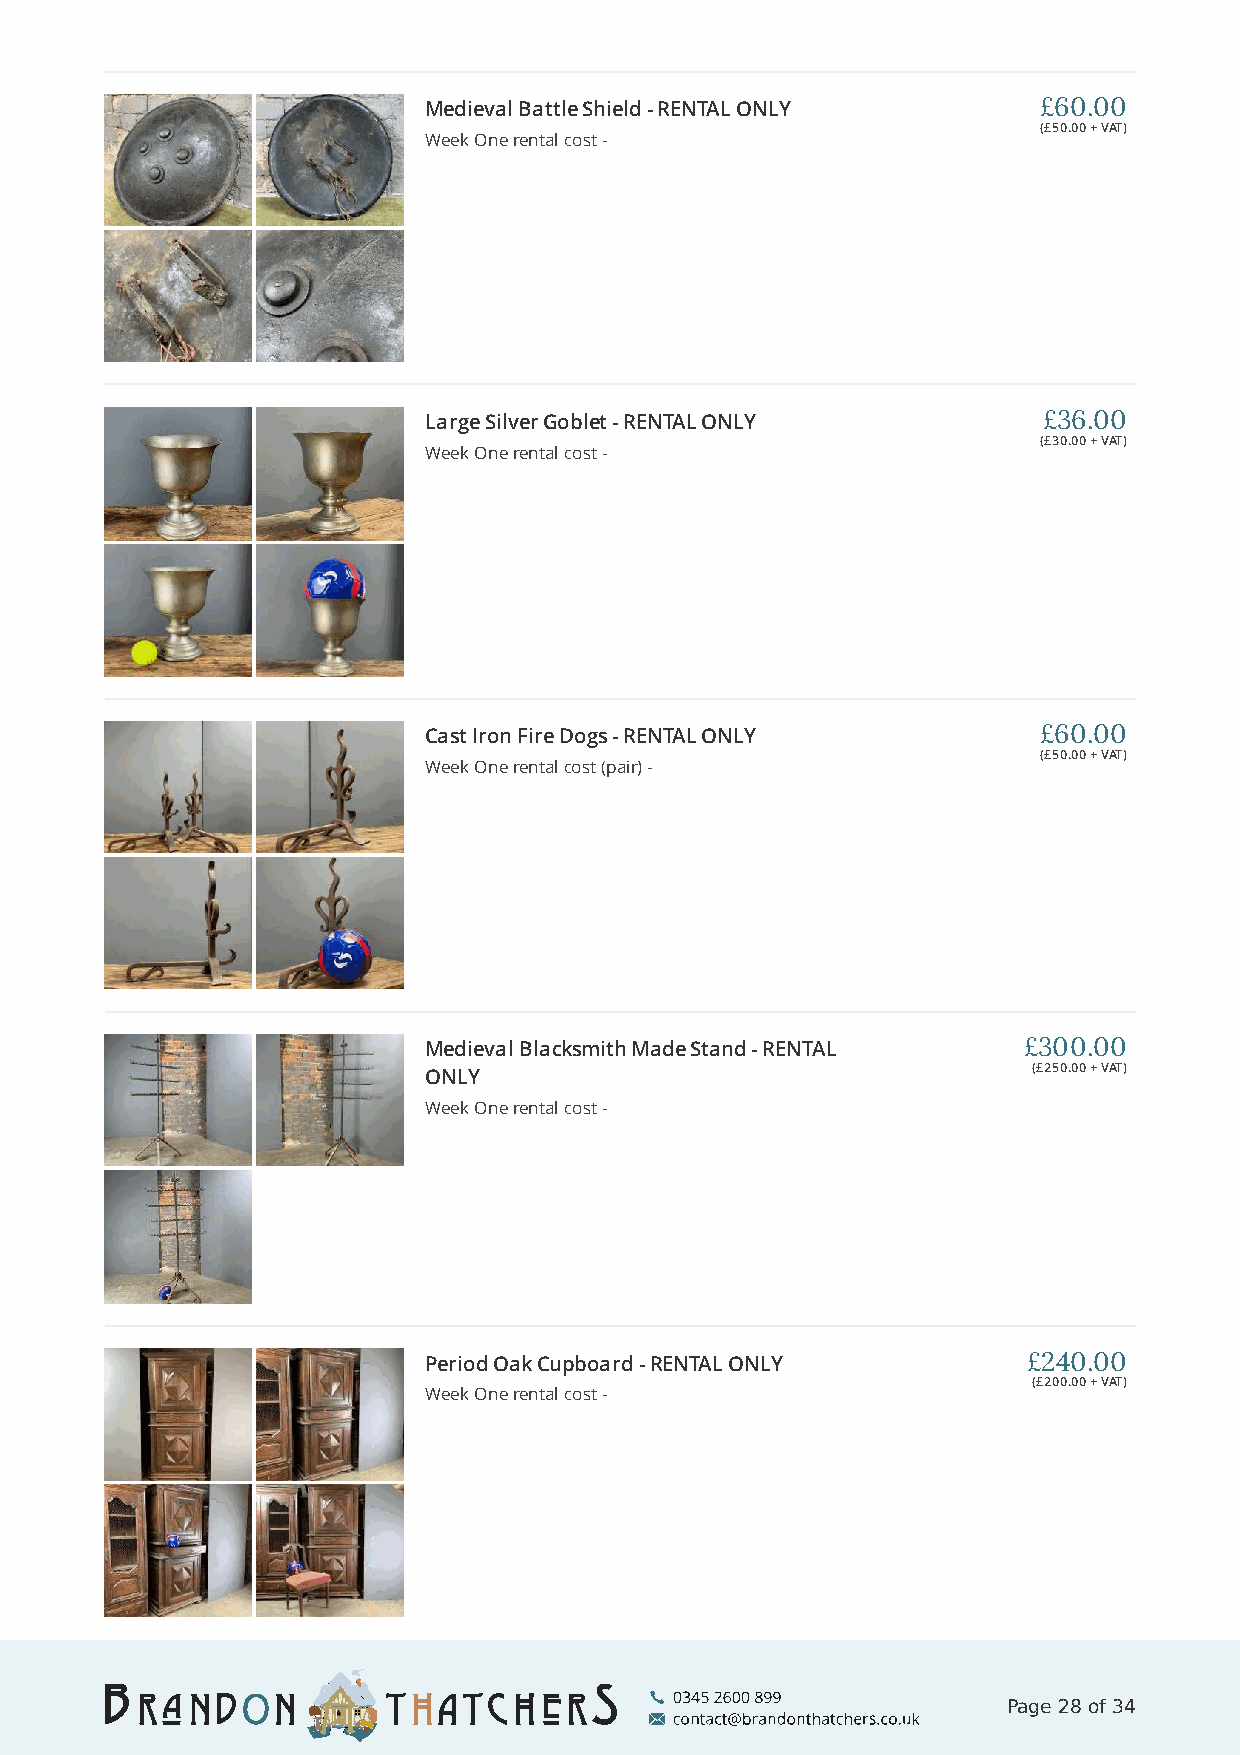
Medieval Battle Shield - RENTAL ONLY     £60.00
 (£50.00 + VAT)
 Week One rental cost -
 Large Silver Goblet - RENTAL ONLY        £36.00
 (£30.00 + VAT)
 Week One rental cost -
 Cast Iron Fire Dogs - RENTAL ONLY        £60.00
 (£50.00 + VAT)
 Week One rental cost (pair) -
 Medieval Blacksmith Made Stand - RENTAL £300.00
 (£250.00 + VAT)
 ONLY
 Week One rental cost -
 Period Oak Cupboard - RENTAL ONLY       £240.00
 (£200.00 + VAT)
 Week One rental cost -
 Page 28 of 34